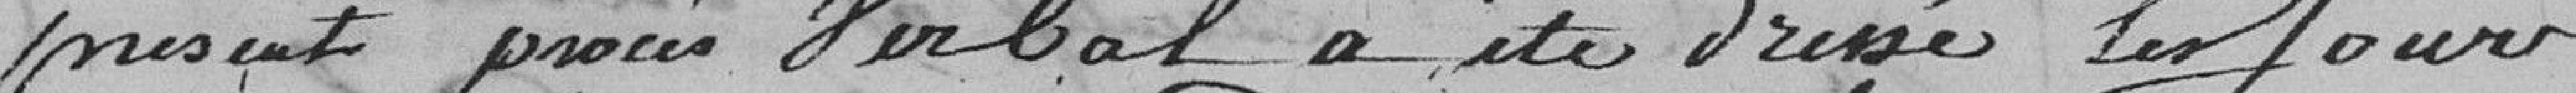
présent procès Verbal a été dressé les Jours, Mois? & an que devant & à telles fins